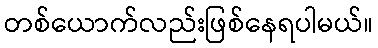
တစ်ယောက်လည်းဖြစ်နေရပါမယ်။